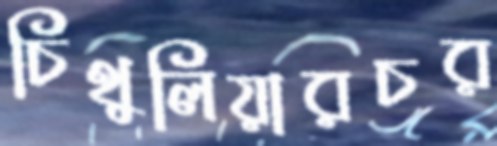
চিথুলিয়ারচর